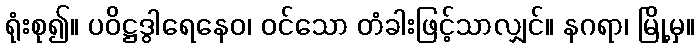
ရုံးစု၍။ ပဝိဋ္ဌဒွါရေနေဝ၊ ဝင်သော တံခါးဖြင့်သာလျှင်။ နဂရာ၊ မြို့မှ။